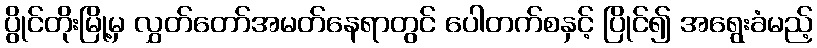
ပွိုင်တိုးမြို့မှ လွှတ်တော်အမတ်နေရာတွင် ပေါတက်စနှင့် ပြိုင်၍ အရွေးခံမည့်